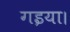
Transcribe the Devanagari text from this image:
गइया।